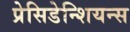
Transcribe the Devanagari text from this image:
प्रेसिडेन्शियन्स